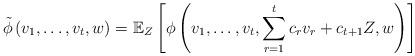
LaTeX: \begin{align*}\tilde{\phi}\left(v_1, \ldots, v_t, w\right) &= \mathbb{E}_{Z}\left[\phi\left(v_1, \ldots, v_t, \sum_{r=1}^{t} c_{r} v_{r} + c_{t+1} Z, w\right)\right]\end{align*}